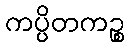
ကပ္ပိတကဉ္စ